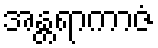
အန္တရာကာဇံ